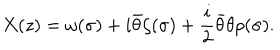
X ( z ) = \omega ( \sigma ) + i { \bar { \theta } } \zeta ( \sigma ) + \frac { i } { 2 } { \bar { \theta } } \theta \rho ( \sigma ) .